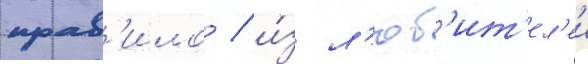
прав'ило / и́з л'юб'ит'ел'еи